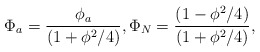
\begin{align*}\Phi_{a} = \frac{{ \phi_{a}}}{( 1+ \phi^{2} /4 ) } , \Phi_{N} = \frac{{( 1- \phi^{2} /4 )}}{ (1+ \phi^{2} /4 ) } ,\end{align*}